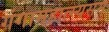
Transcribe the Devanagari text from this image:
गंगामहात्म्यसमु